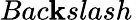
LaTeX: Bac\mathbf{k}slash\,